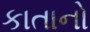
કાતાનો